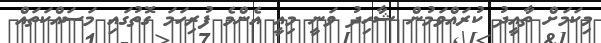
މިކަމަށް ތާއީދު ކުރައްވަމުން ޝާހިދު ވަނީ މިއީ އެންމެ ފުރިހަމަ ގޮތުގައި މަސައްކަތައް